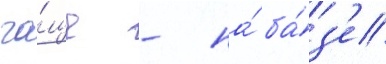
ча́ще - на́ ба́з'е